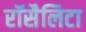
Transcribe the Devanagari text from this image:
रॉसैलिटा